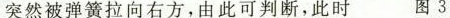
突然被弹簧拉向右方，由此可判断，此时 图3